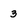
Character: 3